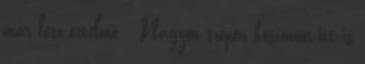
már lesz értelme : Nagyon szépen köszönöm itt is